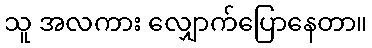
သူ အလကား လျှောက်ပြောနေတာ။